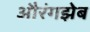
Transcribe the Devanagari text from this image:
औरंगझेब